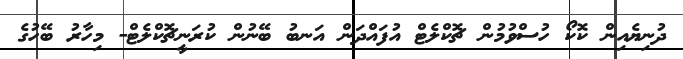
ދުނިޔެއިން ކޮކޯ ހުސްވުމުން ޗޮކްލެޓް އުފައްދަން އަނބު ބޭނުން ކުރަނީޗޮކްލެޓް- މިހާރު ބޭހުގެ